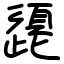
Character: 頾